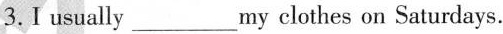
3.I usually___ my clothes on Saturdays.